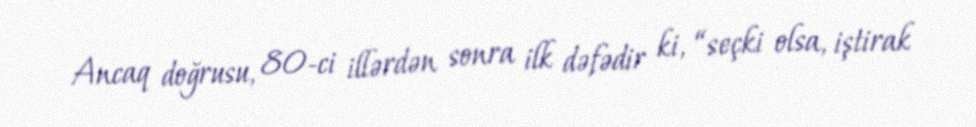
Ancaq doğrusu, 80-ci illərdən sonra ilk dəfədir ki, “seçki olsa, iştirak